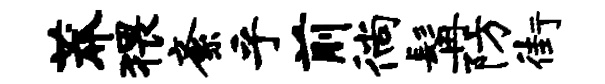
莽猥紊乎前徜髯防街